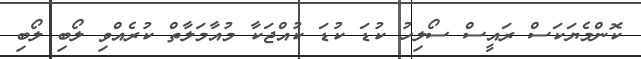
ކޮންމެޔަކަސް ރައީސް ސޯލިހު ކުޑަ ކުޑަ ކުއްޖަކާ މުއާމަލާތް ކުރެއްވި ލޯބި ލޯބި